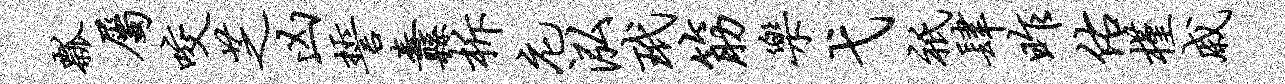
瓢属咬芝凶誓纛柝庀泓玳筋乐弋只肆昨佑槿戚